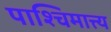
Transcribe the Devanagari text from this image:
पाश्चिमात्त्य